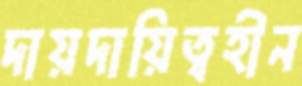
দায়দায়িত্বহীন